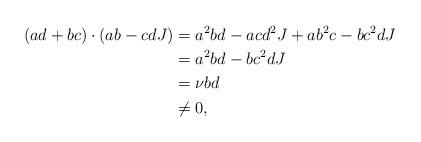
LaTeX: \begin{align*} (ad + bc) \cdot (ab - cdJ) & = a^2 bd - ac d^2 J + a b^2 c - b c^2 d J \\ & = a^2 bd - b c^2 d J \\ & = \nu bd \\ & \ne 0,\end{align*}